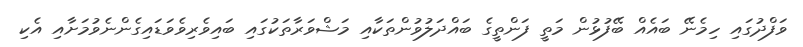
ވަފްދުގައި ހިމެނޭ ބައެއް ބޭފުޅުން މަތީ ފަންތީގެ ބައްދަލުވުންތަކާއި މަޝްވަރާތަކުގައި ބައިވެރިވެވަޑައިގެންނެވުމަށާއި އެކި